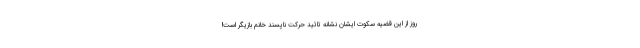
روز از این قضیه سکوت ایشان نشانه تائید حرکت ناپسند خانم بازیگر است!